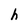
Character: h